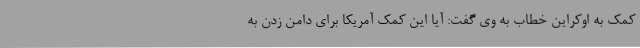
کمک به اوکراین خطاب به وی گفت: آیا این کمک آمریکا برای دامن زدن به